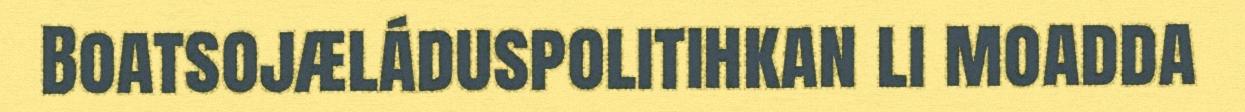
Boatsojæláduspolitihkan li moadda